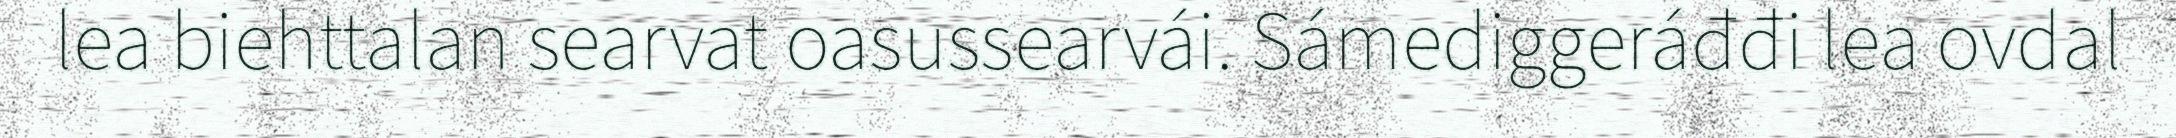
lea biehttalan searvat oasussearvái. Sámediggeráđđi lea ovdal